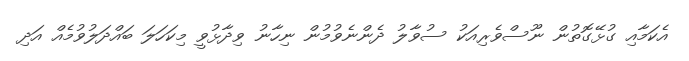
އެކަމާއި ގުޅޭގޮތުން ނޫސްވެރިއަކު ސުވާލު ދެންނެވުމުން ނިހާނު ވިދާޅުވީ މިކަހަލަ ބައްދަލުވުމެއް އަދި